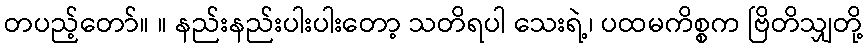
တပည့်တော်။ ။ နည်းနည်းပါးပါးတော့ သတိရပါ သေးရဲ့၊ ပထမကိစ္စက ဗြိတိသျှတို့